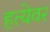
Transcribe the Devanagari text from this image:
हत्येवर